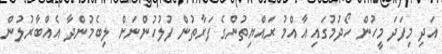
އަދި މިފަދަ މީހުން ހޯދުމުގައި އާއްމު ރައްޔިތުންގެ ފަރާތުން ފުލުހުންނަށް ލިބެމުންދާ އެއްބާރުލުން